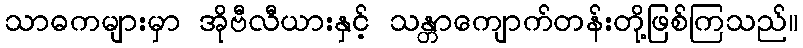
သာဓကများမှာ အိုဗီလီယားနှင့် သန္တာကျောက်တန်းတို့ဖြစ်ကြသည်။